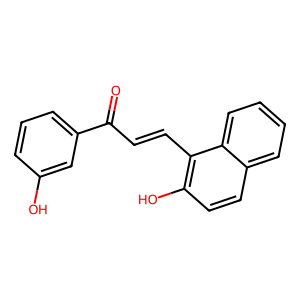
SMILES: O=C(C=Cc1c(O)ccc2ccccc12)c1cccc(O)c1
Inhibits HIV replication: No